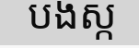
បងស្ក